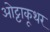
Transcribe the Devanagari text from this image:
ओट्टाकूथर